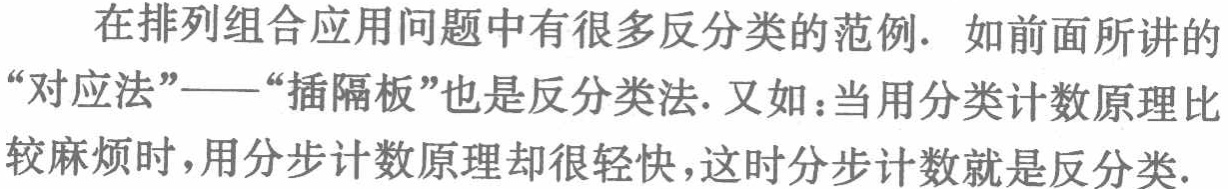
在排列组合应用问题中有很多反分类的范例. 如前面所讲的“对应法”——“插隔板”也是反分类法. 又如：当用分类计数原理比较麻烦时，用分步计数原理却很轻快，这时分步计数就是反分类.